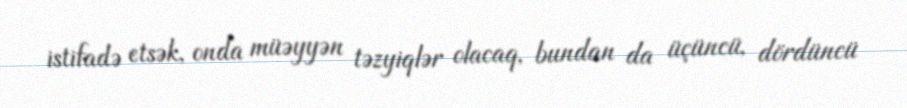
istifadə etsək, onda müəyyən təzyiqlər olacaq, bundan da üçüncü, dördüncü